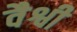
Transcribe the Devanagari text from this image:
वैश्वी